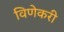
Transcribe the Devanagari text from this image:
विणेकरी